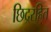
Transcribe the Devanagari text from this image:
छिद्ररहित